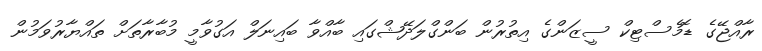
ރާއްޖޭގެ ޑޮމެސްޓިކް ސީޒަންގެ އިތުރުން ބަންގްލަދޭޝްގައި ބާއްވާ ބައިނަލް އަގުވާމީ މުބާރާތަށް ތައްޔާރުވަމުން